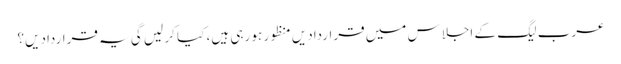
عرب لیگ کے اجلاس میں قراردادیں منظور ہو رہی ہیں، کیا کر لیں گی یہ قراردادیں؟